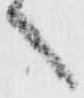
へ